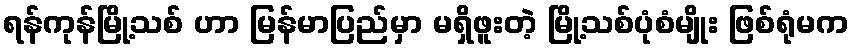
ရန်ကုန်မြို့သစ် ဟာ မြန်မာပြည်မှာ မရှိဖူးတဲ့ မြို့သစ်ပုံစံမျိုး ဖြစ်ရုံမက